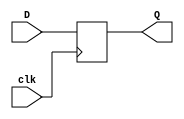
// behavioral D_ff

module D_ff(D, clk, Q);

  input D, clk;
  output reg Q;

  always @(posedge clk)
    Q = D;

endmodule